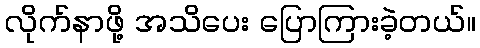
လိုက်နာဖို့ အသိပေး ပြောကြားခဲ့တယ်။